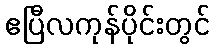
ဧပြီလကုန်ပိုင်းတွင်